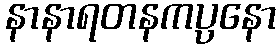
နာနာရတနကပ္ပနော